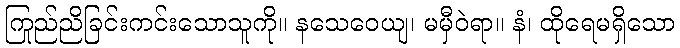
ကြည်ညိုခြင်းကင်းသောသူကို။ နသေဝေယျ၊ မမှီဝဲရာ။ နံ၊ ထိုရေမရှိသော